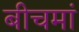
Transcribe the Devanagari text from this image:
बीचमां